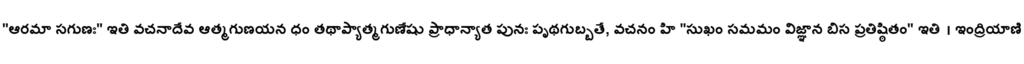
"ఆరమా సగుణః" ఇతి వచనాదేవ ఆత్మగుణయన ధం తథాప్యాత్మగుణేషు ప్రాధాన్యాత పునః పృథగుబ్బతే, వచనం హి "సుఖం సమమం విజ్ఞాన బిస ప్రతిష్ఠితం" ఇతి । ఇంద్రియాణి